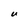
Character: U